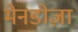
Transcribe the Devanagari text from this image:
मेनडोज़ा